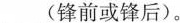
___(锋前或锋后)。